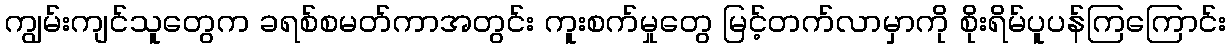
ကျွမ်းကျင်သူတွေက ခရစ်စမတ်ကာအတွင်း ကူးစက်မှုတွေ မြင့်တက်လာမှာကို စိုးရိမ်ပူပန်ကြကြောင်း